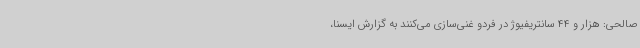
صالحی: هزار و 44 سانتریفیوژ در فردو غنی‌سازی می‌کنند به گزارش ایسنا،